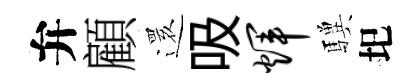
弁顧𮟃吸辉驥圯